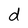
Character: d